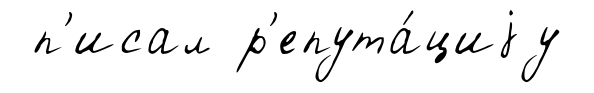
п'исал р'епута́циjу